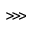
\ggg